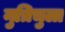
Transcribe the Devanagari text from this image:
नुत्रिचुला